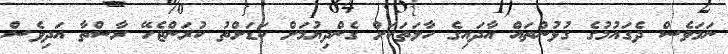
ނަމަވެސް ދެގައުމުގެ ގުޅުންތައް އާދައިގެ ހާލަތަކަށް ގެންދިޔުމަށް ކަޑަށްތު ކުރަންޖެހޭ ރާސްތާ އަދިވެސް